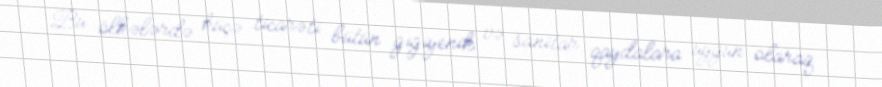
Bu ölkələrdə küçə ticarəti bütün gigiyenik və sanitar qaydalara uyğun olaraq